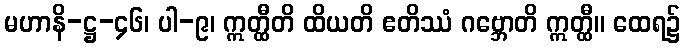
မဟာနိ-ဋ္ဌ-၄၆၊ ပါ-၉၊ ဣတ္ထီတိ ထိယတိ ဧတိဿံ ဂဗ္ဘောတိ ဣတ္ထီ။ ထေရ၌